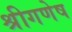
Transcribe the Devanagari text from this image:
श्रीगणेष